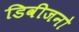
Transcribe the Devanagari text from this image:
डिवीजनो